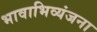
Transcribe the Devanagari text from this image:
भावाभिव्यंजना